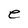
Character: e